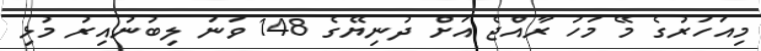
މިއަހަރުގެ މޭ މަހު ރާއްޖެ އަށް ދުނިޔޭގެ 148 ވަނަ ލިބުނުއިރު މުޅި